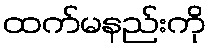
ထက်မနည်းကို